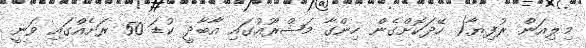
މިލިއަން ރުފިޔާ( ހޭދަކޮށްގެން ހިންގާ މަޝްރޫއުގައި އާބާދީ ކުޑަ 50 ރަށެއްގައި ވަނީ